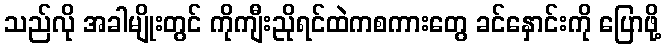
သည်လို အခါမျိုးတွင် ကိုကျီးညိုရင်ထဲကစကားတွေ ခင်နှောင်းကို ပြောဖို့